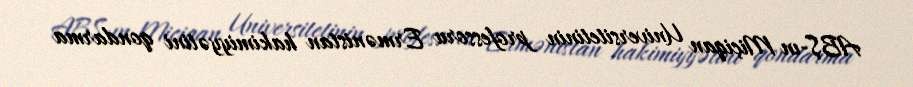
ABŞ-ın Miçiqan Universitetinin professoru Ermənistan hakimiyyətini qondarma